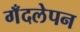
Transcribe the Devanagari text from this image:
गँदलेपन